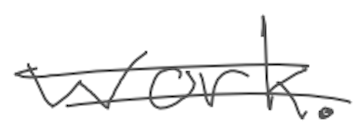
Text: work.
Cross-out: double-line
Writing tool: digital_gray